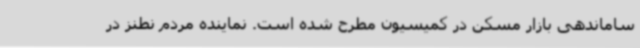
ساماندهی بازار مسکن در کمیسیون مطرح شده است. نماینده مردم نطنز در